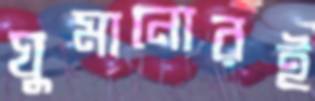
ঘুমানোরই